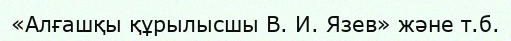
«Алғашқы құрылысшы В. И. Язев» және т.б.